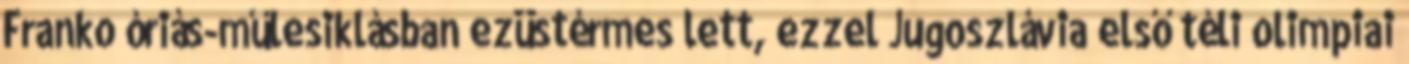
Franko óriás-műlesiklásban ezüstérmes lett, ezzel Jugoszlávia első téli olimpiai